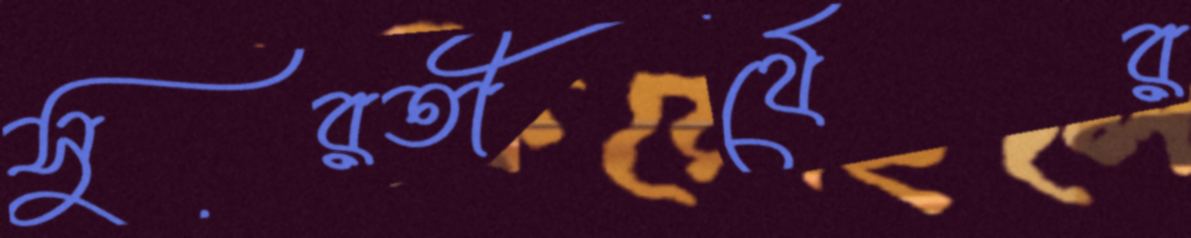
সুরতীর্থের